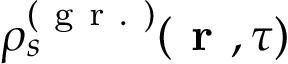
\rho _ { s } ^ { ( \mathrm { ~ g ~ r ~ . ~ } ) } ( \textbf { r } , \tau )